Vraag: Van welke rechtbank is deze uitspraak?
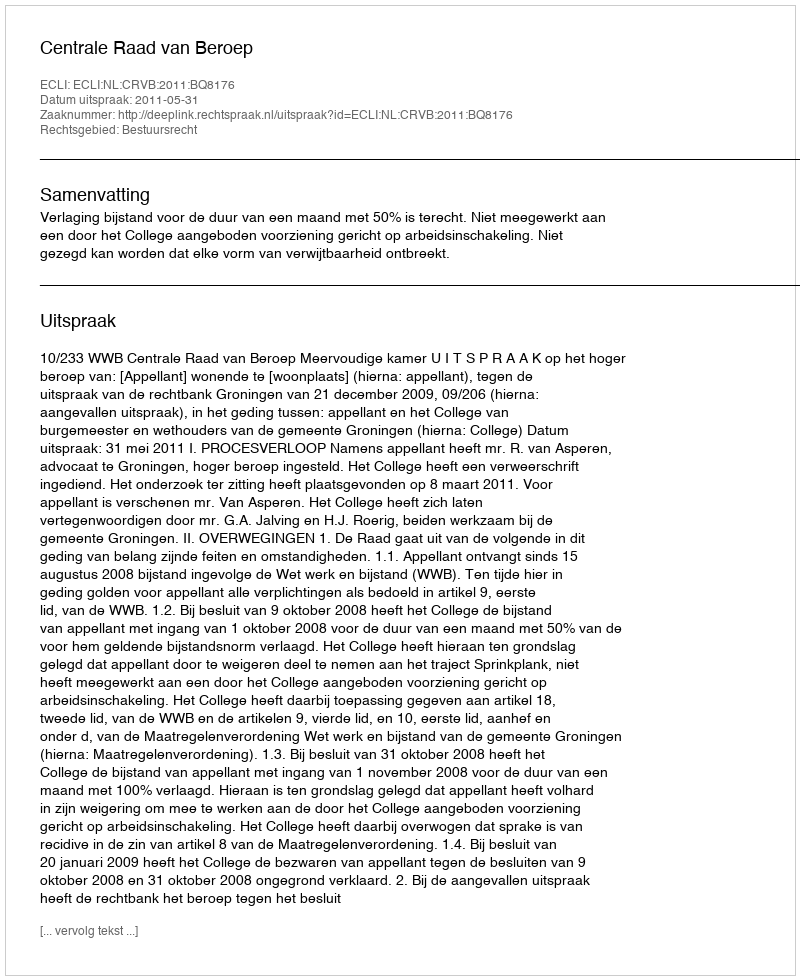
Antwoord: Centrale Raad van Beroep